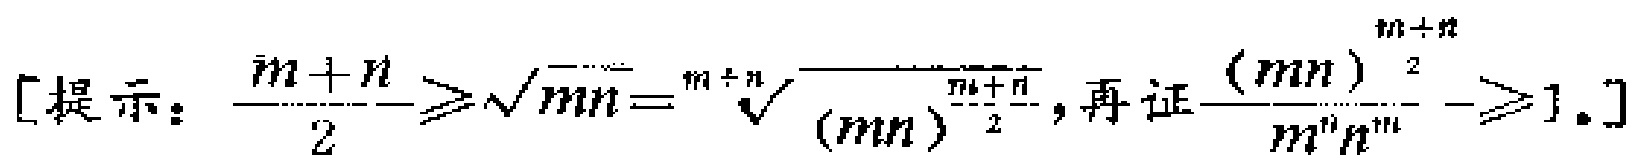
[提示：$\frac{m + n}{2}\geqslant\sqrt{mn}=\sqrt[m + n]{(mn)^{\frac{m + n}{2}}}$, 再证$\frac{(mn)^{\frac{m + n}{2}}}{m^{n}n^{m}}\geqslant1$.]